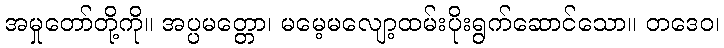
အမှုတော်တို့ကို။ အပ္ပမတ္တော၊ မမေ့မလျော့ထမ်းပိုးရွက်ဆောင်သော။ တဒေဝ၊